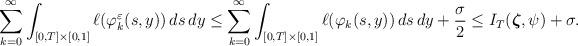
LaTeX: \begin{align*}\sum_{k=0}^\infty \int_{[0,T] \times [0,1]} \ell(\varphi_k^\varepsilon(s,y)) \, ds\,dy \le \sum_{k=0}^\infty \int_{[0,T] \times [0,1]} \ell(\varphi_k(s,y)) \, ds\,dy + \frac{\sigma}{2} \le I_T(\boldsymbol{\zeta} ,\psi ) + \sigma.\end{align*}